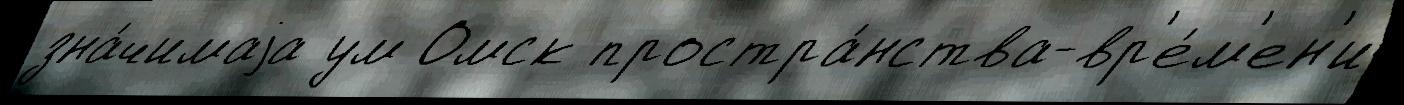
зна́чимаjа ум Омск простра́нства-вр'е́м'ен'и